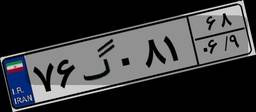
۷۶گ۰۸۱۶۸